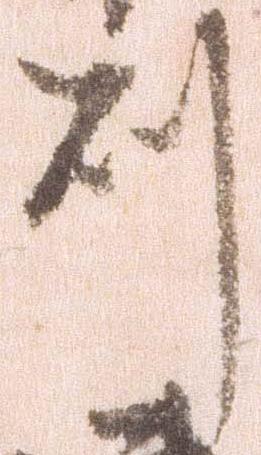
則